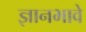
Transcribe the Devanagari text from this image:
ज्ञानभावे